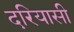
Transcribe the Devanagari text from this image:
दरियासी